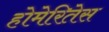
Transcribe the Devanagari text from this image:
होमेरितेस